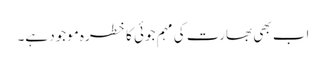
اب بھی بھارت کی مہم جوئی کا خطرہ موجود ہے۔